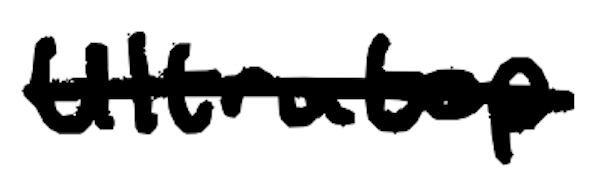
Text: Ultratop
Cross-out: mix
Writing tool: digital_black